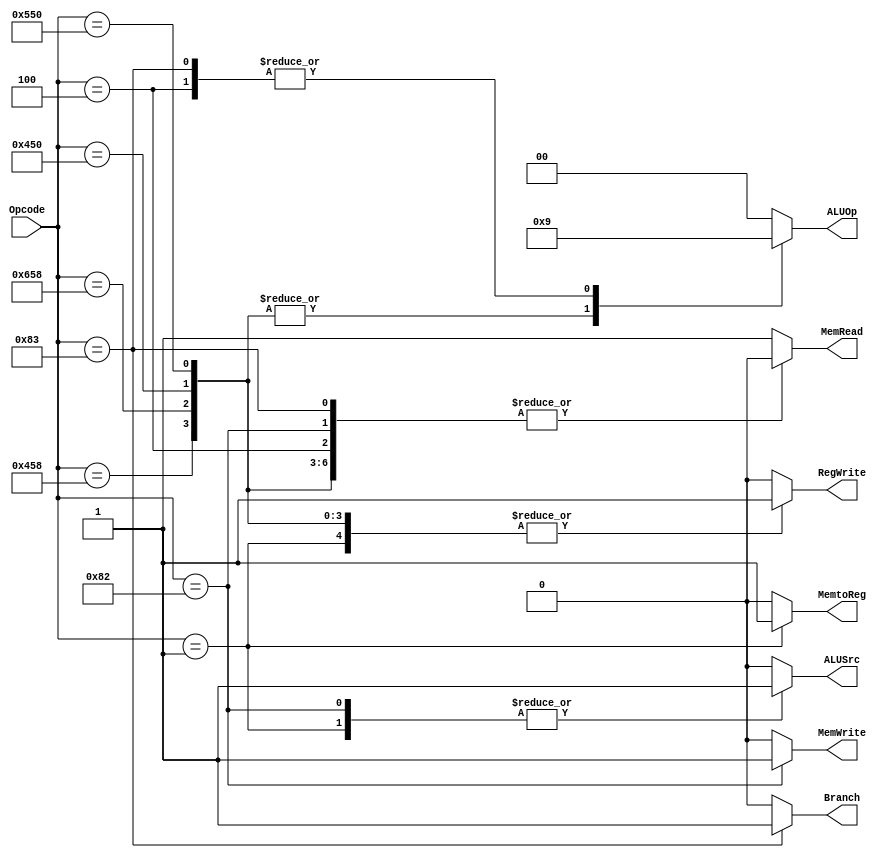
`timescale 1ns / 1ps
//////////////////////////////////////////////////////////////////////////////////
// Company: 
// Engineer: 
// 
// Design Name: 
// Module Name: control
// Project Name: 
// Target Devices: 
// Tool Versions: 
// Description: 
// 
// Dependencies: 
// 
// Revision:
// Revision 0.01 - File Created
// Additional Comments:
// 
//////////////////////////////////////////////////////////////////////////////////


module control(
input wire [0:10]Opcode,
output reg [0:1]ALUOp,
output reg ALUSrc,
output reg Branch,
output reg MemRead,
output reg MemWrite,
output reg RegWrite,
output reg MemtoReg
);
always @(*) begin
    case(Opcode)
       11'b10001011000: begin//Add
            ALUSrc <= 1'b0;
            MemtoReg <= 1'b0;
            RegWrite <= 1'b1;
            MemRead <= 1'b0;
            MemWrite <= 1'b0;
            Branch <= 1'b0;
            ALUOp <= 2'b10;
        end
        11'b11001011000: begin //Subtract
            ALUSrc <= 1'b0;
            MemtoReg <= 1'b0;
            RegWrite <= 1'b1;
            MemRead <= 1'b0;
            MemWrite <= 1'b0;
            Branch <= 1'b0;
            ALUOp <= 2'b10;
        end
        11'b10001010000: begin //AND
            ALUSrc <= 1'b0;
            MemtoReg <= 1'b0;
            RegWrite <= 1'b1;
            MemRead <= 1'b0;
            MemWrite <= 1'b0;
            Branch <= 1'b0;
            ALUOp <= 2'b10;
        end
        11'b10101010000: begin //OR
            ALUSrc <= 1'b0;
            MemtoReg <= 1'b0;
            RegWrite <= 1'b1;
            MemRead <= 1'b0;
            MemWrite <= 1'b0;
            Branch <= 1'b0;
            ALUOp <= 2'b10;
        end
        11'b00000000001: begin //LDUR
            ALUSrc <= 1'b1;
            MemtoReg <= 1'b1;
            RegWrite <= 1'b1;
            MemRead <= 1'b1;
            MemWrite <= 1'b0;
            Branch <= 1'b0;
            ALUOp <= 2'b00;
        end
        11'b00010000010: begin //STUR
            ALUSrc <= 1'b1;
            MemtoReg <= 1'b0;
            RegWrite <= 1'b0;
            MemRead <= 1'b0;
            MemWrite <= 1'b1;
            Branch <= 1'b0;
            ALUOp <= 2'b00;
        end
        11'b00010000011: begin //CBZ
            ALUSrc <= 1'b0;
            MemtoReg <= 1'b0;
            RegWrite <= 1'b0;
            MemRead <= 1'b0;
            MemWrite <= 1'b0;
            Branch <= 1'b1;
            ALUOp <= 2'b01;
        end
        11'b00000000100: begin //B
            ALUSrc <= 1'b0;
            MemtoReg <= 1'b0;
            RegWrite <= 1'b0;
            MemRead <= 1'b0;
            MemWrite <= 1'b0;
            Branch <= 1'b0;
            ALUOp <= 2'b01;
        end
        default: begin
            ALUSrc <= 1'b0;
            MemtoReg <= 1'b0;
            RegWrite <= 1'b0;
            MemRead <= 1'b1;
            MemWrite <= 1'b0;
            Branch <= 1'b0;
            ALUOp <= 2'b00;
        end
    endcase
end
endmodule